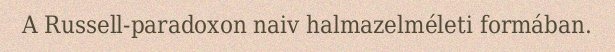
A Russell-paradoxon naiv halmazelméleti formában.